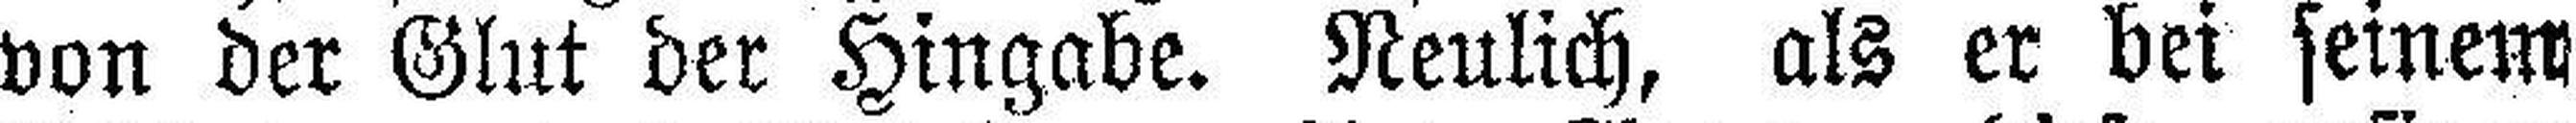
von der Glut der Hingabe. Neulich, als er bei seinem